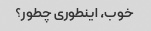
خوب، اینطوری چطور؟